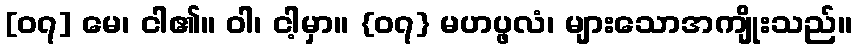
[၀၇] မေ၊ ငါ၏။ ဝါ၊ ငါ့မှာ။ {၀၇} မဟပ္ဖလံ၊ များသောအကျိုးသည်။